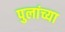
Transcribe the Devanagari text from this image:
पुलांच्या